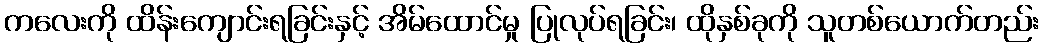
ကလေးကို ထိန်းကျောင်းရခြင်းနှင့် အိမ်ထောင်မှု ပြုလုပ်ရခြင်း၊ ထိုနှစ်ခုကို သူတစ်ယောက်တည်း